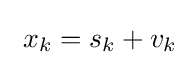
\ x_{k}=s_{k}+v_{k}